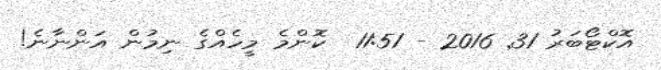
އޮކްޓޯބަރު 31